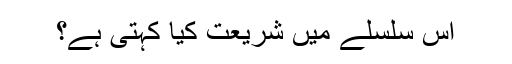
اس سلسلے میں شریعت کیا کہتی ہے؟